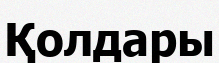
Қолдары